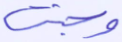
وجنت